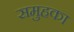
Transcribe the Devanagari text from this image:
समुहका